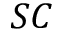
S C